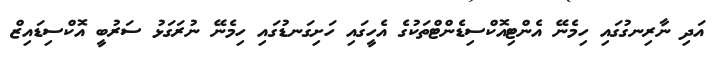
އަދި ނާރިނގުގައި ހިމެނޭ އެންޓިއޮކްސިޑެންޓްތަކުގެ އެހީގައި ހަށިގަނޑުގައި ހިމެނޭ ނުރަގަޅު ސަރުބީ އޮކްސިޑައިޒް